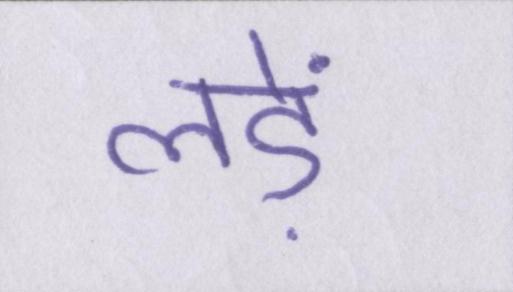
लड़ें